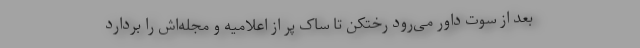
بعد از سوت داور می‌رود رختکن تا ساک پر از اعلامیه‌ و مجله‌اش را بردارد